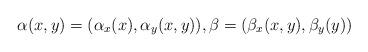
LaTeX: \begin{align*}\alpha(x,y)=(\alpha_x(x),\alpha_y(x,y)), \beta=(\beta_x(x,y),\beta_y(y))\end{align*}